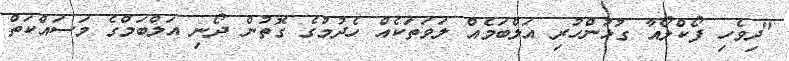
"ދިވެހި ފޯކްލޯއާ ގުޅުންހުރި އަލްބަމެއް ލަވަތަކެއް ހެދުމުގެ ގޮތުން ދޯނި އަލްބަމްގެ މަސައްކަތް